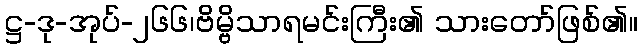
ဋ္ဌ-ဒု-အုပ်-၂၆၆၊ဗိမ္ဗိသာရမင်းကြီး၏ သားတော်ဖြစ်၏။